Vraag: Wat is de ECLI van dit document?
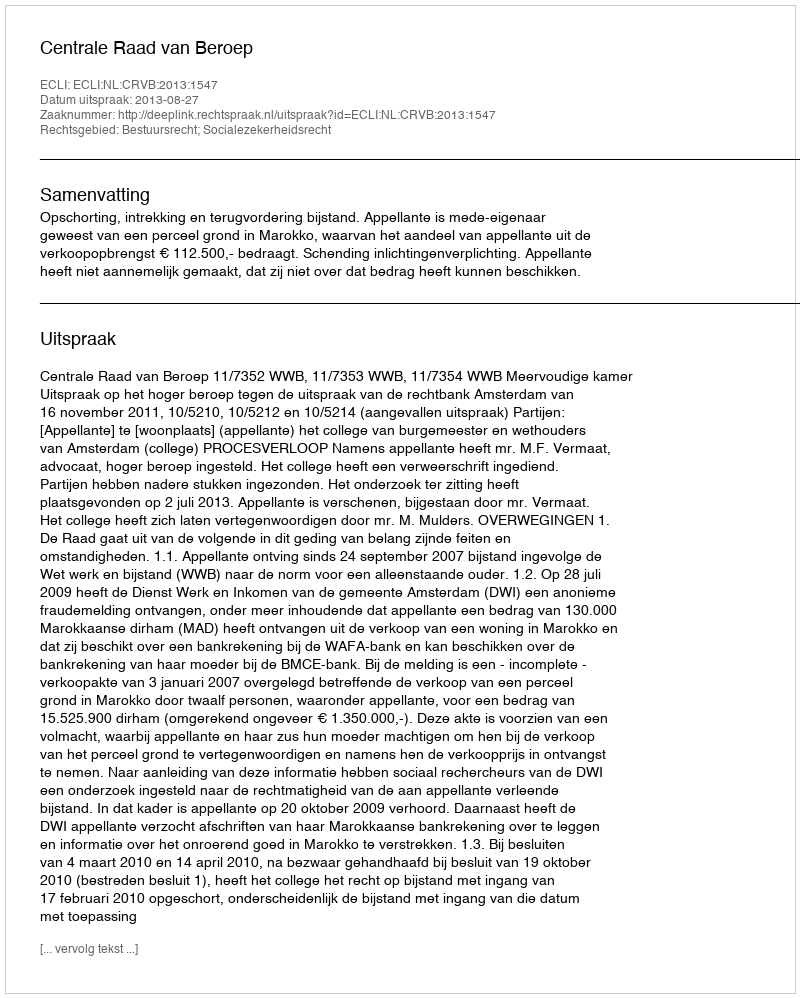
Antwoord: ECLI:NL:CRVB:2013:1547